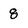
Character: 8